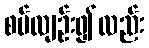
စပ်လျဉ်း၍လည်း